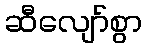
ဆီလျော်စွာ